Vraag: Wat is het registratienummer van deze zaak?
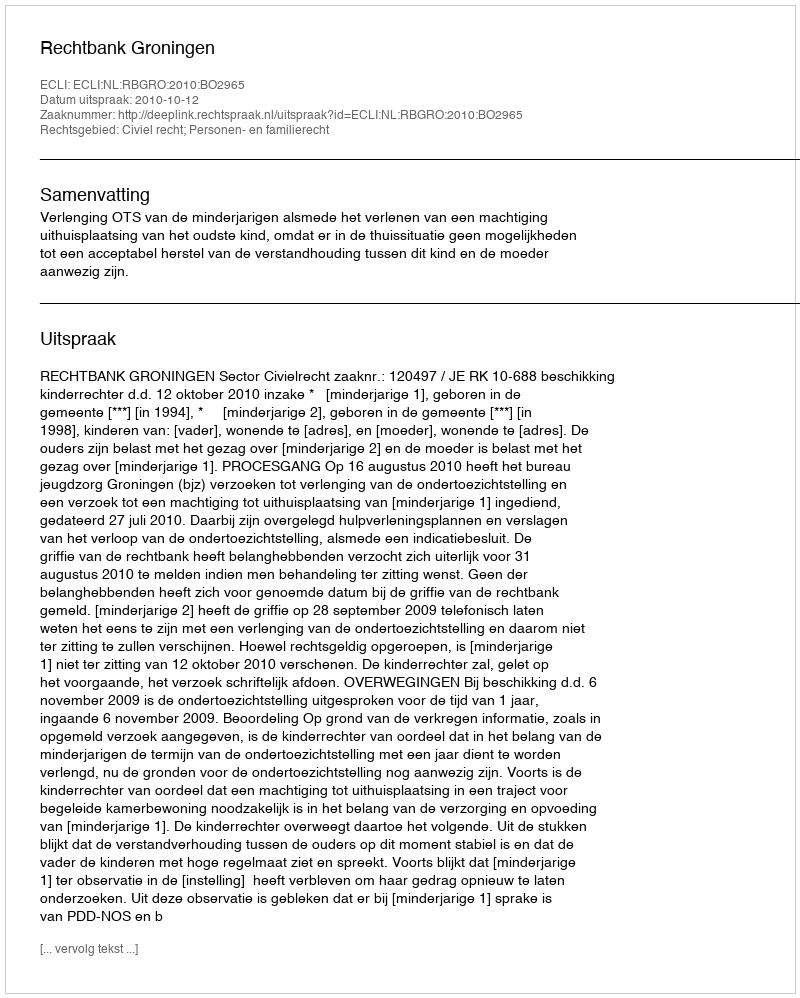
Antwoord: http://deeplink.rechtspraak.nl/uitspraak?id=ECLI:NL:RBGRO:2010:BO2965